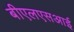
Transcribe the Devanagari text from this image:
बीएलएसआई